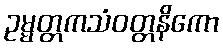
ဥမ္မတ္တကသံဝတ္တနိကော